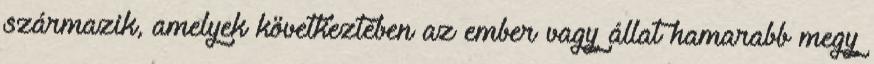
származik, amelyek következtében az ember vagy állat hamarabb megy